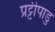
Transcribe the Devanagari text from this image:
प्रट्टीपाडु